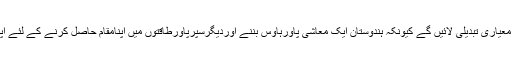
انھوں نے کہاکہ نوجوان معیاری تبدیلی لائیں گے کیونکہ ہندوستان ایک معاشی پاورہاوس بننے اوردیگرسپرپاورطاقتوں میں اپنامقام حاصل کرنے کے لئے اپنا سفرشروع کرچکاہے ۔